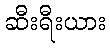
ဆီးရီးယား